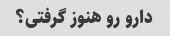
دارو رو هنوز گرفتی؟